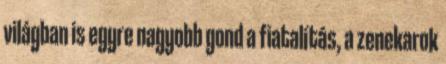
világban is egyre nagyobb gond a fiatalítás, a zenekarok